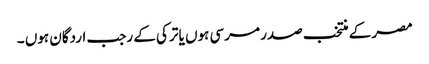
مصر کے منتخب صدر مرسی ہوں یا ترکی کے رجب اردگان ہوں ۔